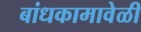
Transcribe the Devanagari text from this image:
बांधकामावेळी